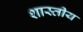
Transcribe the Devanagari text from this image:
शास्तीय